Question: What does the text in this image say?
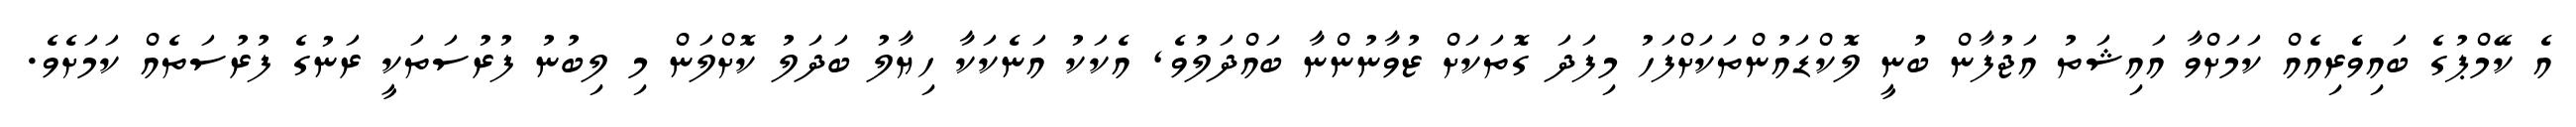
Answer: އެ ކޭމްޕުގެ ބައިވެރިއެއް ކަމަށްވާ އައިޝަތު އަޖުފާން ބުނީ ލޮކްޑައުންތަކަށްފަހު މިފަދަ ގޮތަކަށް ޒުވާނުންނާ ބައްދަލުވެ, އެކަކު އަނެކަކާ ހިޔާލު ބަދަލު ކޮށްލަން މި ލިބުނު ފުރުސަތަކީ ރަނުގެ ފުރުސަތެއް ކަމަށެވެ.